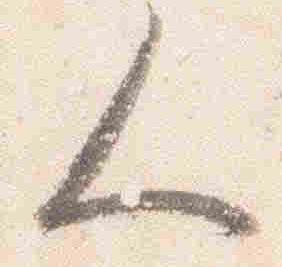
人